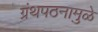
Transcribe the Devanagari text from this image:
ग्रंथपठनामुळे